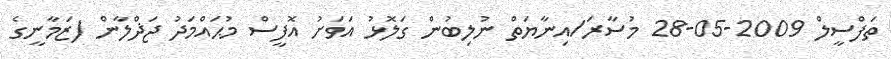
ތަފްސީލް 2009-05-28 މުސާރަ/އިނާޔަތް ނުލިބުން ގަލޮޅު އަވަށު އޮފީސް މުޙައްމަދު ޖަޛްލާން (ޒަމާނީގެ